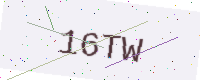
Text: 16TW